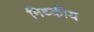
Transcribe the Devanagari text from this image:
मिथ्कीय